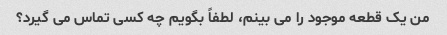
من یک قطعه موجود را می بینم، لطفاً بگویم چه کسی تماس می گیرد؟